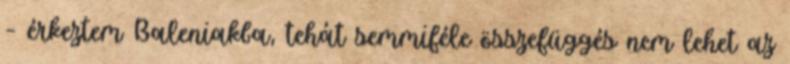
– érkeztem Baleniakba, tehát semmiféle összefüggés nem lehet az